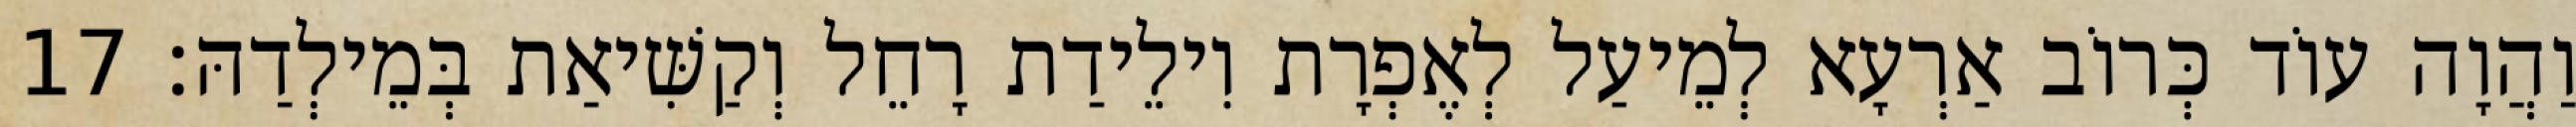
וַהֲוָה עוֹד כְּרוֹב אַרְעָא לְמֵיעַל לְאֶפְרָת וִילֵידַת רָחֵל וְקַשִּׁיאַת בְּמֵילְדַהּ׃ 17